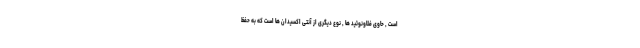
است , حاوی فلاونوئید ها , نوع دیگری از آنتی اکسیدان ها است که به حفظ